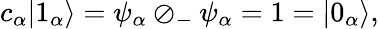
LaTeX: c_{\alpha}|1_{\alpha}\rangle=\psi_{\alpha}\oslash_{-}\psi_{\alpha}=1=|0_{\alpha}\rangle,